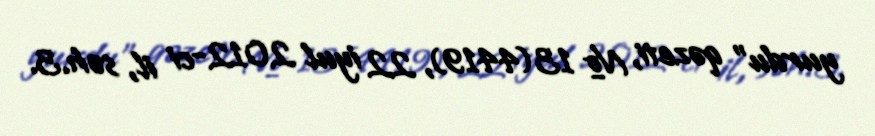
yurdu" qəzeti, № 13(4419), 22 iyul 2012-ci il, səh.3.